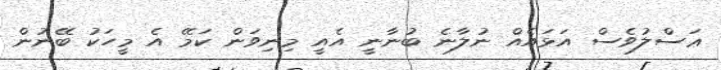
ޢަސްލުވެސް އަޅައެއް ނުލާނެ ބުނާނީ އެއީ މިނިވަން ކަމޭ އެ މީހަކު ބޭނުން